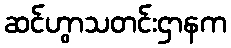
ဆင်ဟွာသတင်းဌာနက